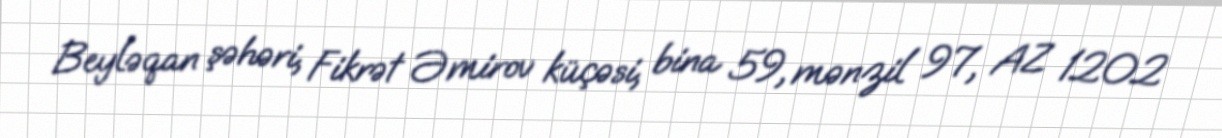
Beyləqan şəhəri, Fikrət Əmirov küçəsi, bina 59, mənzil 97, AZ 1202